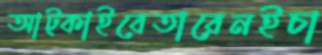
আট্‌কাইবেতারেনইচা